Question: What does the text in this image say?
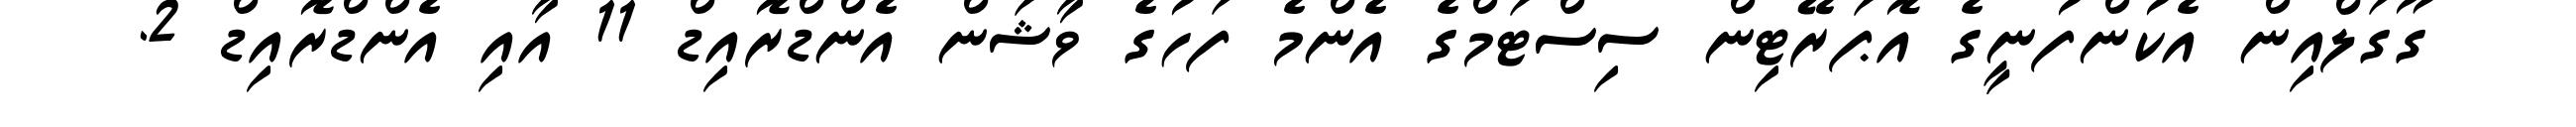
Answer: ގޫގަލްއިން އެކުންފުނީގެ އޮޕަރޭޓިން ސިސްޓަމްގެ އެންމެ ފަހުގެ ވާޝަން އެންޑްރޮއިޑް 11 އާއި އެންޑްރޮއިޑް 2.